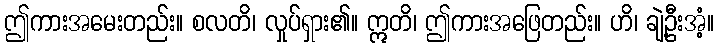
ဤကားအမေးတည်း။ စလတိ၊ လှုပ်ရှား၏။ ဣတိ၊ ဤကားအဖြေတည်း။ ဟိ၊ ချဲ့ဦးအံ့။